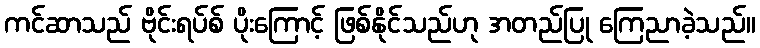
ကင်ဆာသည် ဗိုင်းရပ်စ် ပိုးကြောင့် ဖြစ်နိုင်သည်ဟု အတည်ပြု ကြေညာခဲ့သည်။